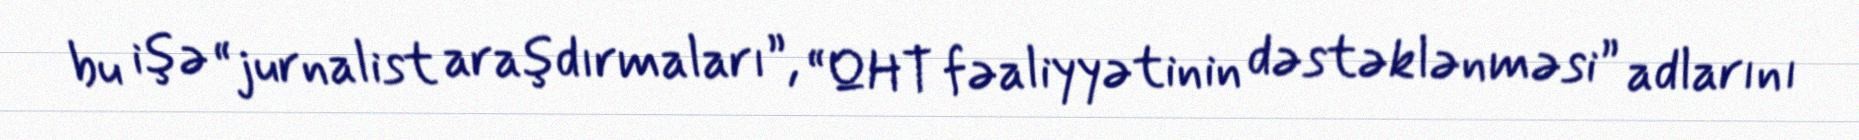
bu işə “jurnalist araşdırmaları”, “QHT fəaliyyətinin dəstəklənməsi” adlarını